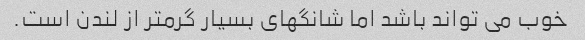
خوب می تواند باشد اما شانگهای بسیار گرمتر از لندن است.